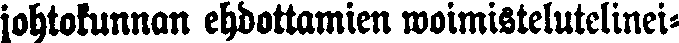
johtokunnan ehdottamien woimistelutelinei-